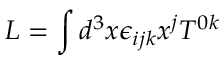
L = \int d ^ { 3 } x \epsilon _ { i j k } x ^ { j } T ^ { 0 k }